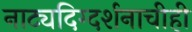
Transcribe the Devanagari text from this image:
नाट्यदिग्दर्शनाचीही